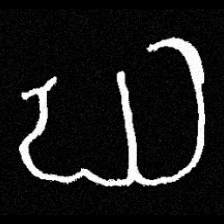
Pyu character \u2014 Myanmar letter: ဃ (romanized: gha)